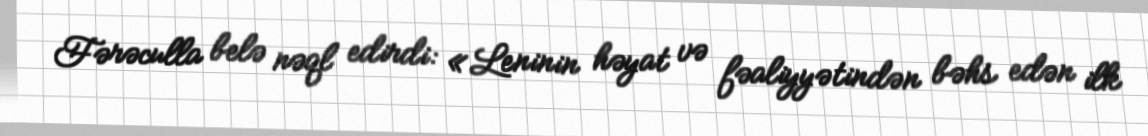
Fərəculla belə nəql edirdi: «Leninin həyat və fəaliyyətindən bəhs edən ilk